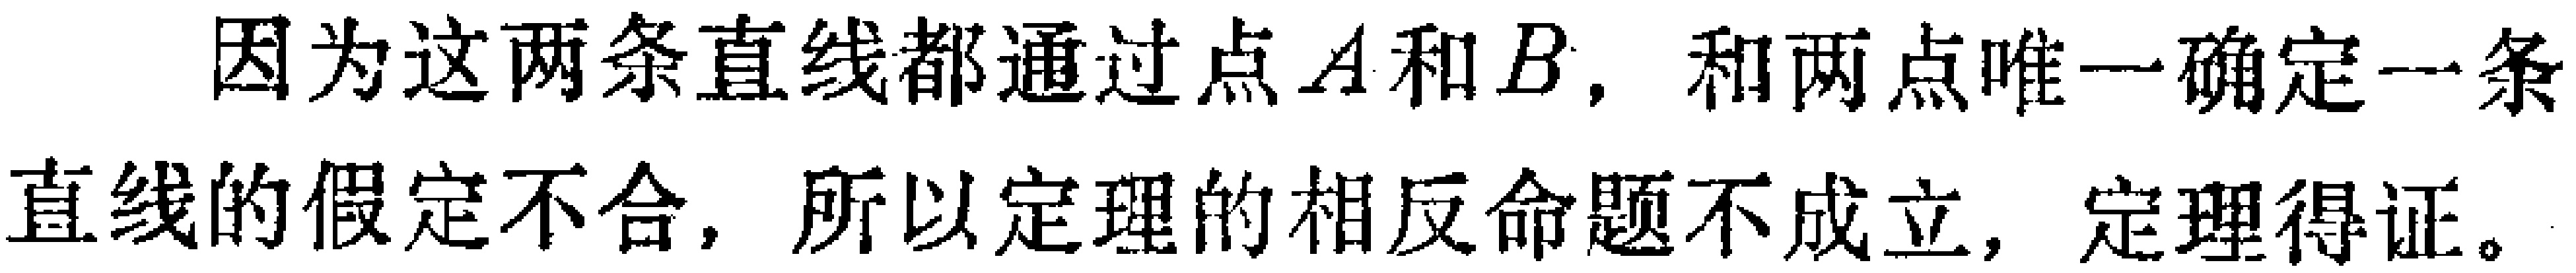
因为这两条直线都通过点\(A\)和\(B\)，和两点唯一确定一条直线的假定不合，所以定理的相反命题不成立，定理得证。